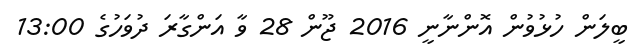
ބީލަން ހުޅުވުން އޮންނާނީ 2016 ޖޫން 28 ވާ އަންގާރަ ދުވަހުގެ 13:00